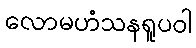
လောမဟံသနရူပဝါ